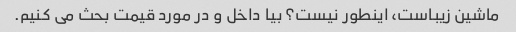
ماشین زیباست، اینطور نیست؟ بیا داخل و در مورد قیمت بحث می کنیم.